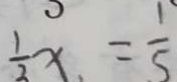
\frac { 1 } { 2 } x 、 = \frac { 1 } { 5 }